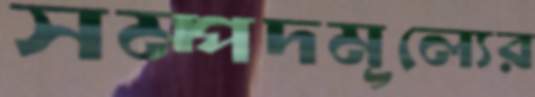
সম্পদমূল্যের